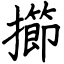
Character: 擳